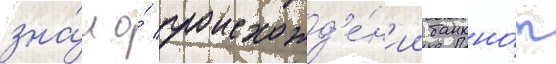
зна́л о́ происхожд'е́н'ии банкно́т